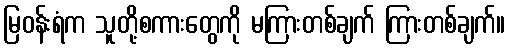
မြဝန်းရံက သူတို့စကားတွေကို မကြားတစ်ချက် ကြားတစ်ချက်။